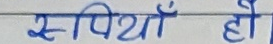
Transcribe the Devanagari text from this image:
स्पियाँ हो